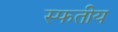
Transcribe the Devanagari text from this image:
स्फतीय